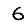
Digit: 6